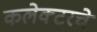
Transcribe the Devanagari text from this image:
कलेक्टरचे